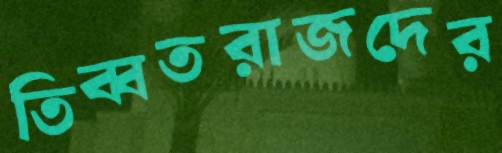
তিব্বতরাজদের